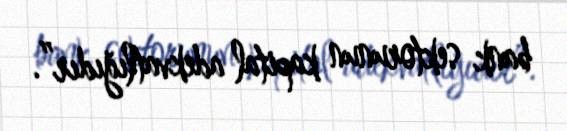
bank sektorunun kapital adekvatlığıdır”.